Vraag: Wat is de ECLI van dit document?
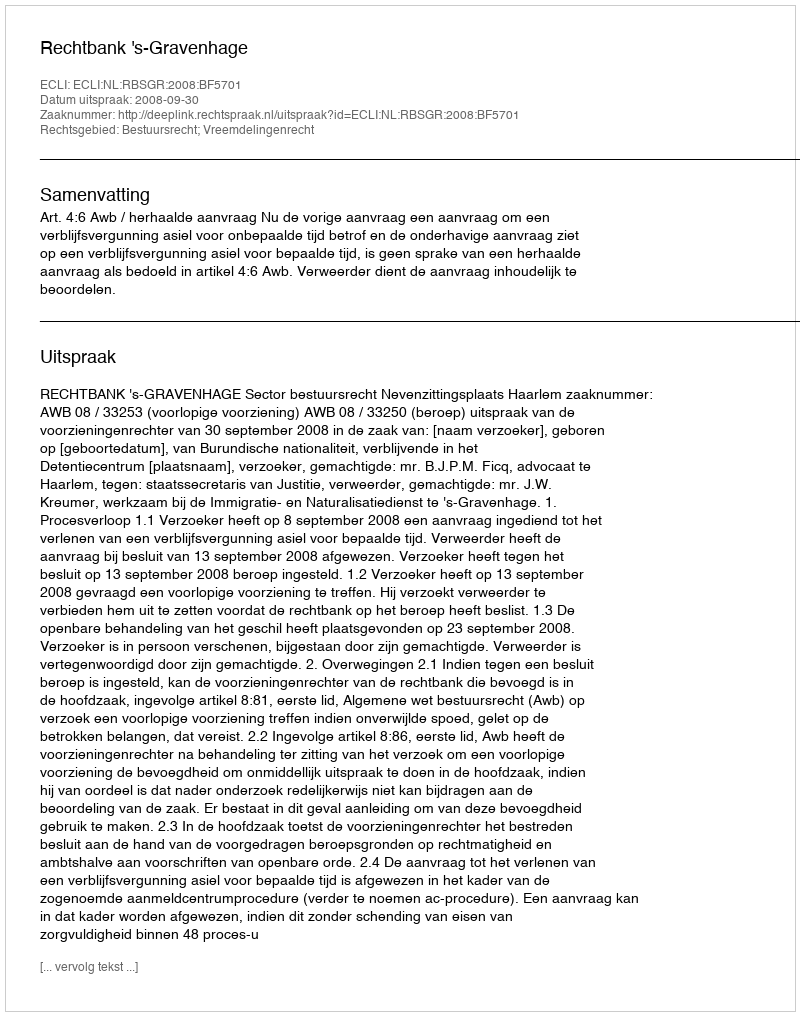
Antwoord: ECLI:NL:RBSGR:2008:BF5701